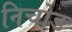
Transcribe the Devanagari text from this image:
निचोड